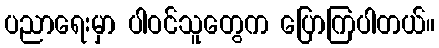
ပညာရေးမှာ ပါဝင်သူတွေက ပြောကြပါတယ်။